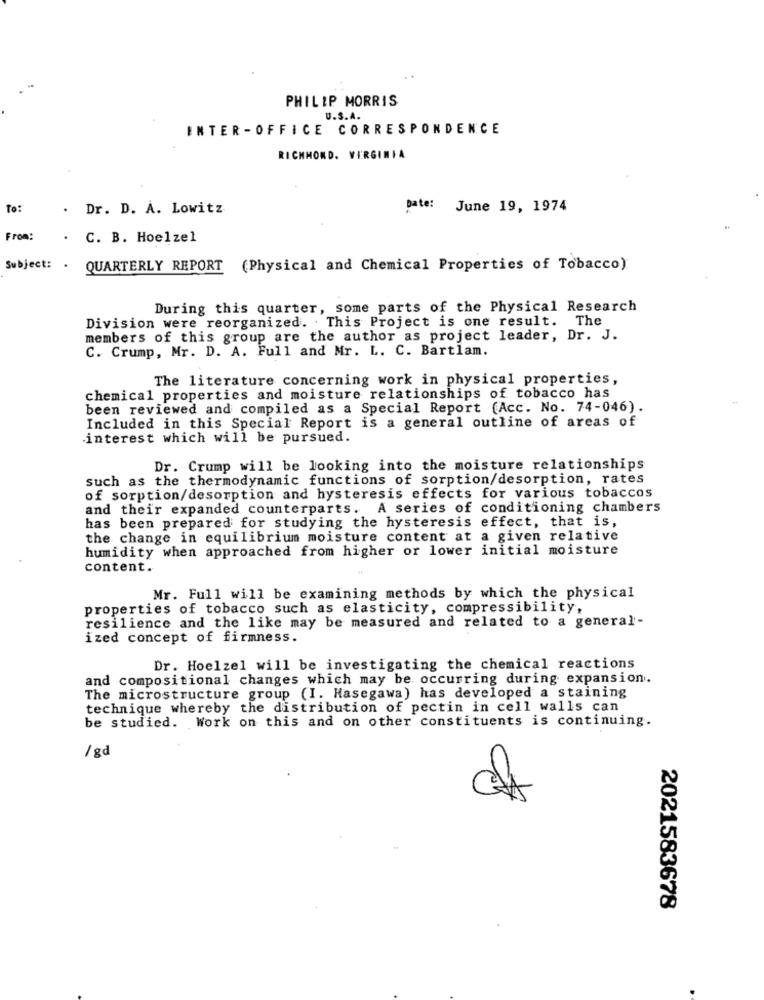
PHILIP MORRIS
U.S.A.
INTER -OFFICE CORRESPONDENCE
RICHMOND. VIRGINIA
To :
Dr. D. A. Lowitz
Date: June 19, 1974
From:
.
C. B. Hoelzel
Subject: .
QUARTERLY REPORT (Physical and Chemical Properties of Tobacco)
During this quarter, some parts of the Physical Research
Division were reorganized. . This Project is one result. The
members of this group are the author as project leader, Dr. J.
C. Crump, Mr. D. A. Full and Mr. L. C. Bartlam.
The literature concerning work in physical properties,
chemical properties and moisture relationships of tobacco has
been reviewed and compiled as a Special Report (Acc. No. 74-046).
Included in this Special Report is a general outline of areas of
interest which will be pursued.
Dr. Crump will be looking into the moisture relationships
such as the thermodynamic functions of sorption/desorption, rates
of sorption/desorption and hysteresis effects for various tobaccos
and their expanded counterparts. A series of conditioning chambers
has been prepared for studying the hysteresis effect, that is,
the change in equilibrium moisture content at a given relative
humidity when approached from higher or lower initial moisture
content.
Mr. Full will be examining methods by which the physical
properties of tobacco such as elasticity, compressibility,
resilience and the like may be measured and related to a general-
ized concept of firmness.
Dr. Hoelzel will be investigating the chemical reactions
and compositional changes which may be occurring during expansion.
The microstructure group (I. Hasegawa) has developed a staining
technique whereby the distribution of pectin in cell walls can
be studied. Work on this and on other constituents is continuing.
/ gà
2021583678
.